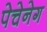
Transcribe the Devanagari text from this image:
पेचेनेग